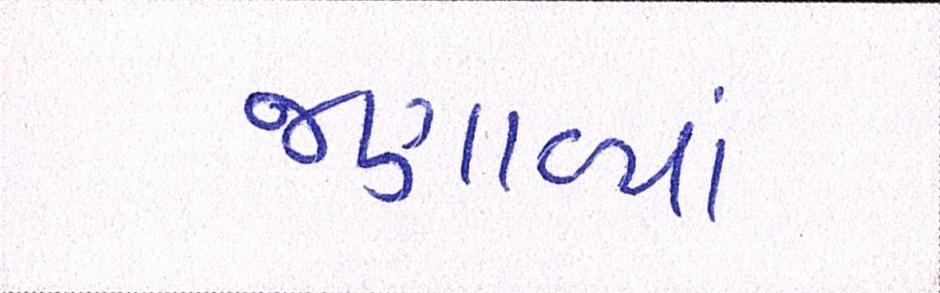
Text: જણાવ્યાં